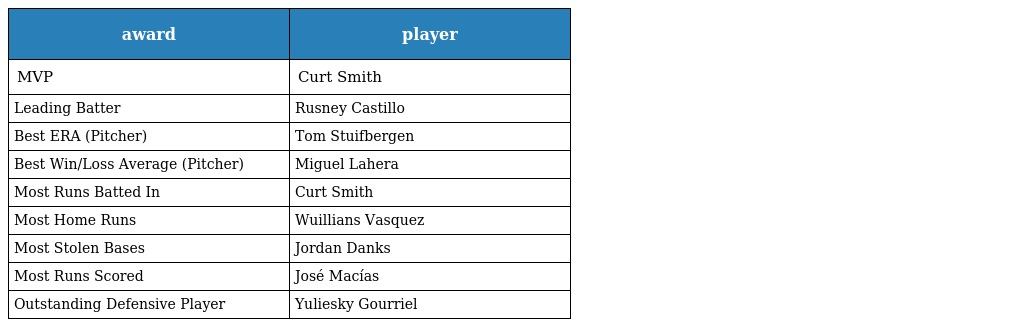
| award | player |
 | --- | --- |
 | MVP | Curt Smith |
 | Leading Batter | Rusney Castillo |
 | Best ERA (Pitcher) | Tom Stuifbergen |
 | Best Win/Loss Average (Pitcher) | Miguel Lahera |
 | Most Runs Batted In | Curt Smith |
 | Most Home Runs | Wuillians Vasquez |
 | Most Stolen Bases | Jordan Danks |
 | Most Runs Scored | José Macías |
 | Outstanding Defensive Player | Yuliesky Gourriel |